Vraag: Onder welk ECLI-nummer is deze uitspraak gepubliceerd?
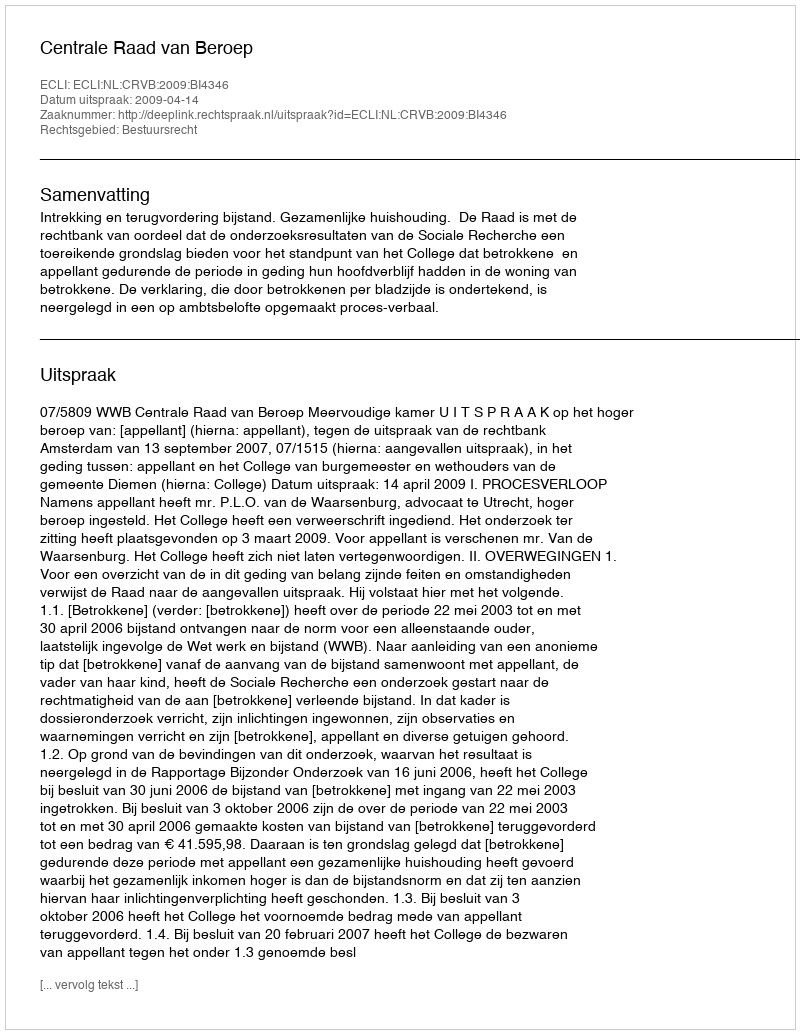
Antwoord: ECLI:NL:CRVB:2009:BI4346